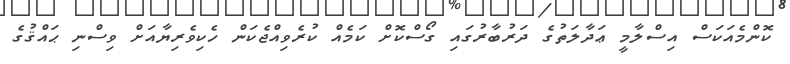
ކޮންމެއަކަސް އިސްލާމީ ޢަދާލަތުގެ ދަރުބާރުގައި ގޯސްކޮށް ކަމެއް ކުރެވިއްޖެކަން ހެކިވެރިޔާއަށް ވިސްނި ޙައްޤުގެ